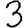
Digit: 3